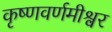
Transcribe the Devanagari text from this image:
कृष्णवर्णमीश्वर